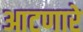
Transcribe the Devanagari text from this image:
आटणारे